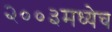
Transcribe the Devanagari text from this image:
२००३मध्येच